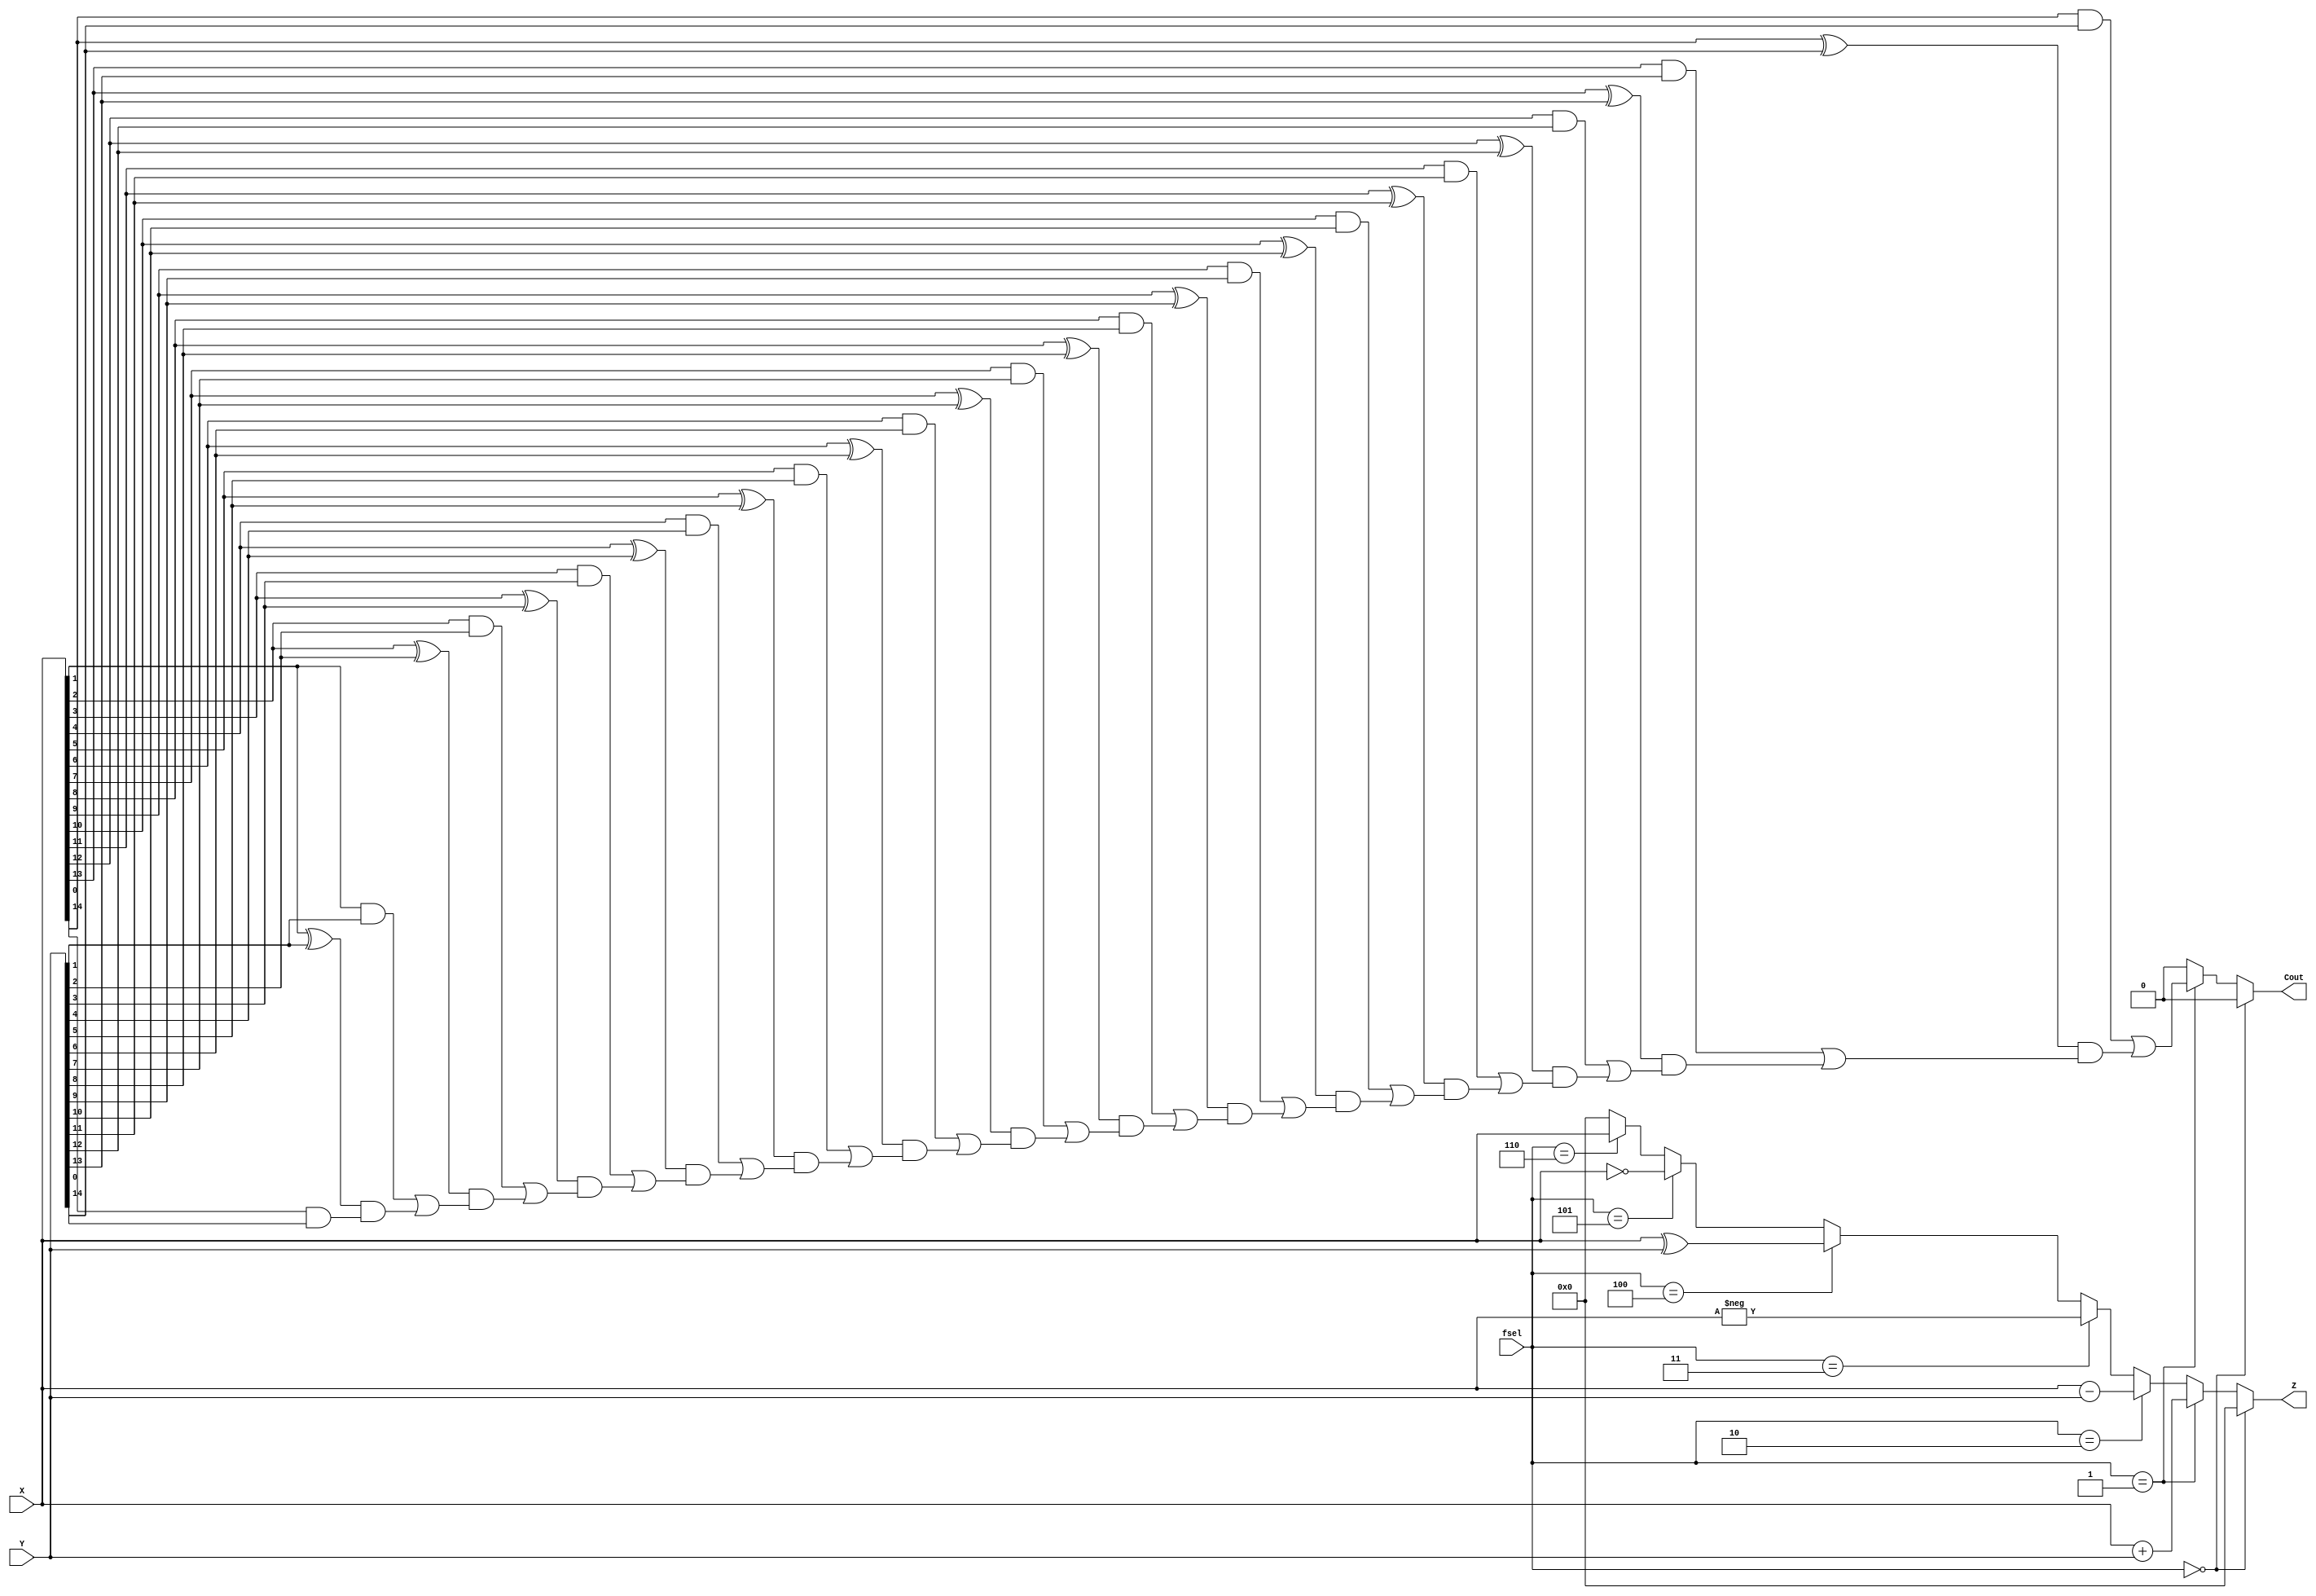
`timescale 1ns / 1ps
//////////////////////////////////////////////////////////////////////////////////
// Company: 
// Engineer: 
// 
// Design Name: 
// Module Name:    ALU 
// Project Name: 
// Target Devices: 
// Tool versions: 
// Description: 
//
// Dependencies: 
//
// Revision: 
// Revision 0.01 - File Created
// Additional Comments: 
//
//////////////////////////////////////////////////////////////////////////////////
module ALU(X,Y,Z,fsel,Cout);
	input[15:0] X,Y;
	input[2:0]fsel;
	output[15:0] Z;
	output Cout;
	reg Cout;
	reg[15:0] Z;
	integer i;
	//reg c;
	always @(X or Y or fsel)
	begin
		//c=0;
		Cout = 0;
		if(fsel == 3'b000)
			begin
			Z=0;  
			end
		else if(fsel == 3'b001)
			begin 
			Z =X+Y; 
			for (i = 0; i < 15; i = i + 1)
			begin
				Cout = (X[i]&Y[i]) | ((X[i]^Y[i]) & Cout);      
			end
			//Cout = c; 
			end
		else if(fsel == 3'b010)
			begin 
			Z=X-Y;
			end
		else if(fsel == 3'b011)
			begin
			Z=-X;
			$display("Z = %d",Z);
			$display("X = %d",X);
			end
		else if(fsel == 3'b100)
			begin 
			Z = X^Y;
			end
		else if(fsel == 3'b101)
			begin 
			Z=~X;
			end
		else if(fsel == 3'b110)
			begin 
			Z=X;
			end
		else
			begin
			Z=0;
			end
	end
endmodule